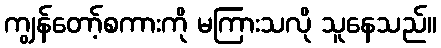
ကျွန်တော့်စကားကို မကြားသလို သူနေသည်။